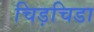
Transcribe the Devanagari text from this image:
चिड़चिडा